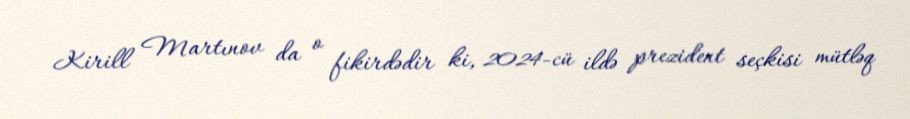
Kirill Martınov da o fikirdədir ki, 2024-cü ildə prezident seçkisi mütləq